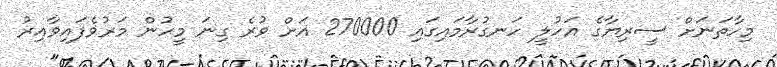
މިހާތަނަށް ސީރިޔާގެ އަހުލީ ހަނގުރާމައިގައި 270000 އަށް ވުރެ ގިނަ މީހުން މަރުވެފައިވާއިރު